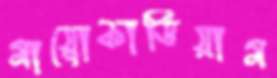
মায়োকার্ডিয়াম